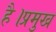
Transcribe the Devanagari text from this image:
है।प्रमुख